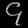
Digit: ၄